Indian journal of veterinary science and animal husbandry - Volume 7,
Year: 1937
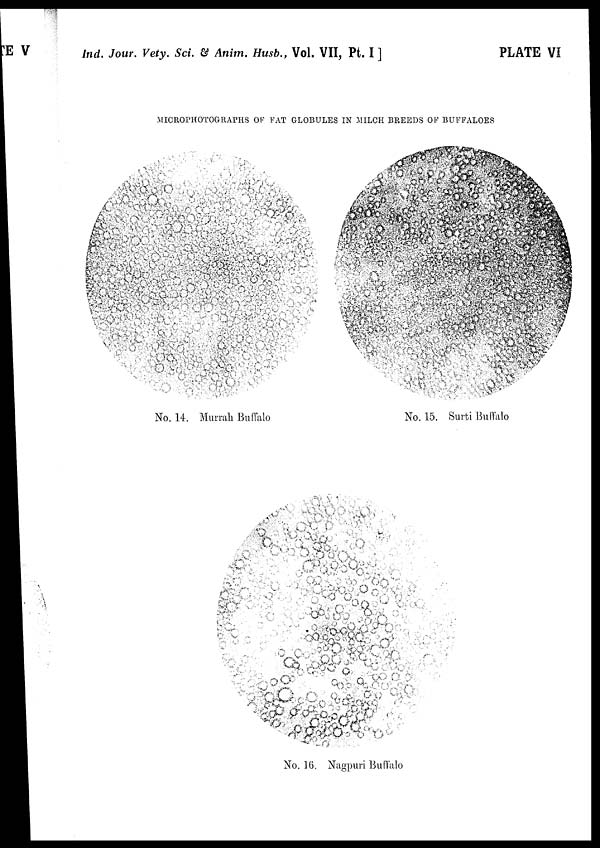
Ind. Jour. Vety. Sci. & Anim. Husb., Vol. VII, Pt. I ]
PLATE VI
MICROPHOTOGRAPHS OF FAT GLOBULES IN MILCH BREEDS OF BUFFALOES
No. 14. Murrah Buffalo
No. 15. Surti Buffalo
No. 16. Nagpuri Buffalo